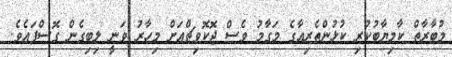
މުބާރާތް ކާމިޔާބުކުރި ކުޅުންތެރިއާގެ މަގާމު ވެސް ޖޮކޮވިޗްއަށް މިހާރު ވަނީ ލިބިގެން ގޮސްފައެވެ.